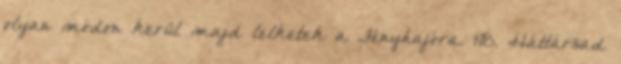
olyan módon kerül majd lelketek a Fényhajóra. 148. Háttársad